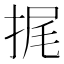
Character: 捤